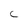
Character: C